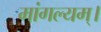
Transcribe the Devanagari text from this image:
मांगल्यम्।